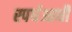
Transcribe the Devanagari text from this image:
स्पर्धआधी